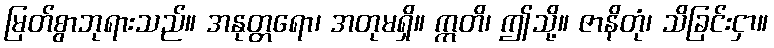
မြတ်စွာဘုရားသည်။ အနုတ္တရော၊ အတုမရှိ။ ဣတိ၊ ဤသို့။ ဇာနိတုံ၊ သိခြင်းငှာ။